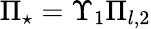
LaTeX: \Pi_{\star}=\Upsilon_{1}\Pi_{l,2}